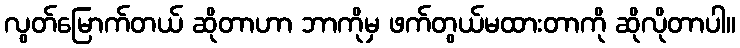
လွတ်မြောက်တယ် ဆိုတာဟာ ဘာကိုမှ ဖက်တွယ်မထားတာကို ဆိုလိုတာပါ။